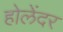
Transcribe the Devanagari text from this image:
होलेंदर